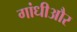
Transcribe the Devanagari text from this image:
गांधीऔर